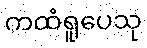
ကထံရူပေသု